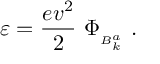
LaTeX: \varepsilon = \frac { e v ^ { 2 } } { 2 } \ \Phi _ { { } _ { B _ { k } ^ { a } } } \ .